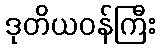
ဒုတိယဝန်ကြီး